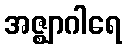
အဇ္ဈာဂါရေ